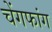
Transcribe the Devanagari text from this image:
चेंगफांग